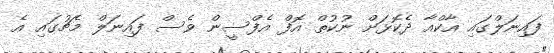
ފައިނަލްގައި އާކްއާ ދެކޮޅަށް ނުކުތް އޮފް އެފްސީން ވެސް ފައިނަލް މެޗުގައި އެ